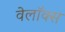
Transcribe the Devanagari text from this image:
वेलॉक्स